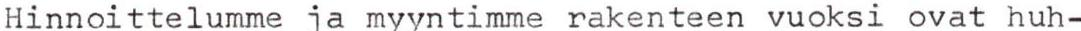
Hinnoittelumme ja myyntimme rakenteen vuoksi ovat huh-